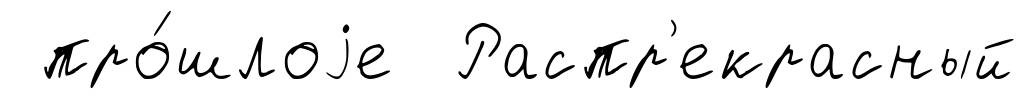
про́шлоjе Распр'екрасный